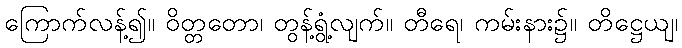
ကြောက်လန့်၍။ ဝိတ္တတော၊ တွန့်ရွံ့လျက်။ တီရေ၊ ကမ်းနား၌။ တိဋ္ဌေယျ၊